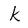
Character: k